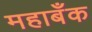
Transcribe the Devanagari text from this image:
महाबँक